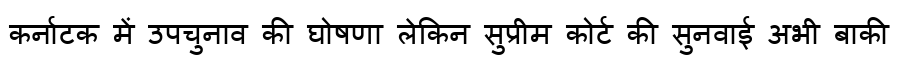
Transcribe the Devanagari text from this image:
कर्नाटक में उपचुनाव की घोषणा लेकिन सुप्रीम कोर्ट की सुनवाई अभी बाकी